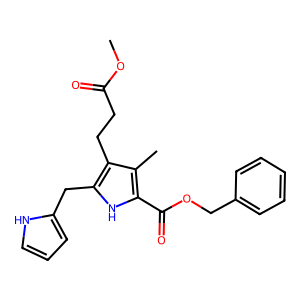
SMILES: COC(=O)CCc1c(Cc2ccc[nH]2)[nH]c(C(=O)OCc2ccccc2)c1C
Inhibits HIV replication: No